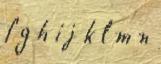
f g h i j k l m n